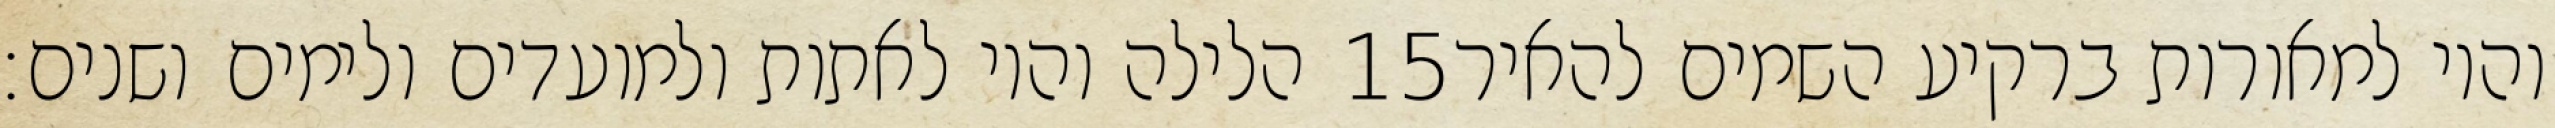
הלילה והיו לאתות ולמועדים ולימים ושנים׃ ‎15‏ והיו למאורות ברקיע השמים להאיר